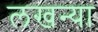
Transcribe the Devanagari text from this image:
लखन्या